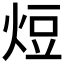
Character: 𭴧